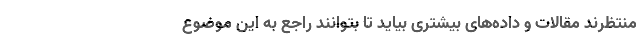
منتظرند مقالات و داده‌های بیشتری بیاید تا بتوانند راجع به این موضوع